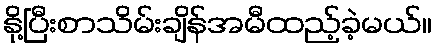
နို့ပြီးစာသိမ်းချိန်အမီထည့်ခဲ့မယ်။